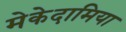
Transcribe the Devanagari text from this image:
मेकेदामिया